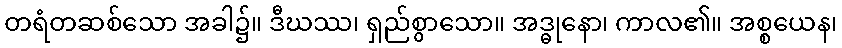
တရံတဆစ်သော အခါ၌။ ဒီဃဿ၊ ရှည်စွာသော။ အဒ္ဓုနော၊ ကာလ၏။ အစ္စယေန၊